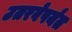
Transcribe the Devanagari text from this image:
उतरवेपर्यंत